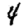
Digit: 4